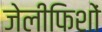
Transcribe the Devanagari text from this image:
जेलीफिशों